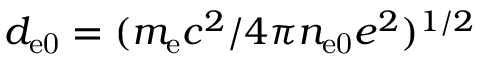
d _ { \mathrm { e 0 } } = ( m _ { \mathrm { e } } c ^ { 2 } / 4 \pi n _ { \mathrm { e 0 } } e ^ { 2 } ) ^ { 1 / 2 }